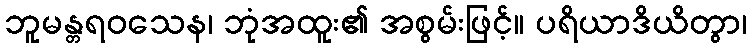
ဘူမန္တရဝသေန၊ ဘုံအထူး၏ အစွမ်းဖြင့်။ ပရိယာဒိယိတွာ၊